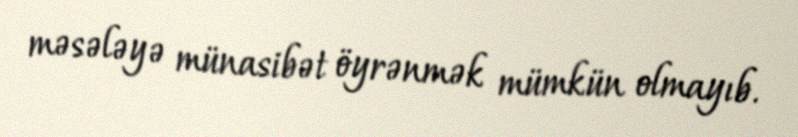
məsələyə münasibət öyrənmək mümkün olmayıb.